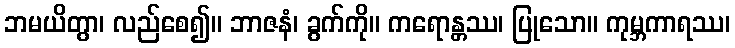
ဘမယိတွာ၊ လည်စေ၍။ ဘာဇနံ၊ ခွက်ကို။ ကရောန္တဿ၊ ပြုသော။ ကုမ္ဘကာရဿ၊